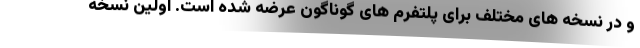
و در نسخه های مختلف برای پلتفرم های گوناگون عرضه شده است. اولین نسخه